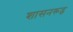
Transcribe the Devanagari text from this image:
शासनरूढ़